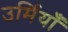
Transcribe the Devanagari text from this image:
उर्मियाँ